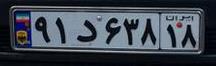
۹۱د۶۳۸۱۸